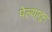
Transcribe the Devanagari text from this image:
पेल्यातून